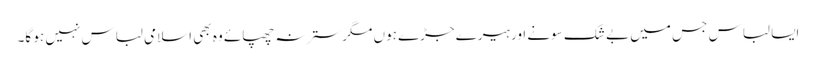
ایسا لباس جس میں بے شک سونے اور ہیرے جڑے ہوں مگر ستر نہ چھپائے وہ بھی اسلامی لباس نہیں ہو گا۔